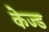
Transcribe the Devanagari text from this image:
केज्ड